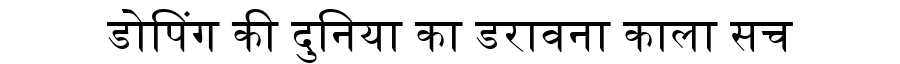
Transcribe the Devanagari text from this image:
डोपिंग की दुनिया का डरावना काला सच